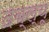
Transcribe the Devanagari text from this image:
दब्ल्यू